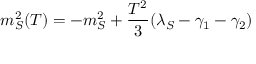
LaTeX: m _ { S } ^ { 2 } ( T ) = - m _ { S } ^ { 2 } + { \frac { T ^ { 2 } } { 3 } } ( \lambda _ { S } - \gamma _ { 1 } - \gamma _ { 2 } )